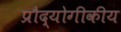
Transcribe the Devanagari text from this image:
प्रौद्योगीकीय